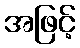
အဖြင့်